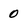
Character: 0